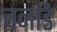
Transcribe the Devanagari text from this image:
बर्नाडे